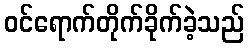
ဝင်ရောက်တိုက်ခိုက်ခဲ့သည်